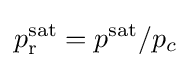
p_{\text{r}}^{\text{sat}}=p^{\text{sat}}/p_{c}